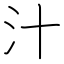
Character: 汁